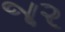
જર